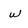
Character: w